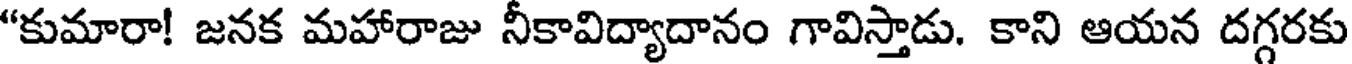
"కుమారా! జనక మహారాజు నీకావిద్యాదానం గావిస్తాడు. కాని ఆయన దగ్గరకు